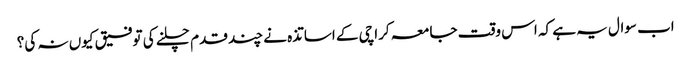
اب سوال یہ ہے کہ اس وقت جامعہ کراچی کے اساتذہ نے چند قدم چلنے کی توفیق کیوں نہ کی؟